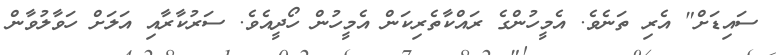
ސައިޑަށް" އެރި ތަނެވެ. އެމީހުންގެ ރައްކާތެރިކަން އެމީހުން ހޯދީއެވެ. ސަރުކާރާއި އަލަށް ހަވާލުވާން